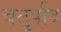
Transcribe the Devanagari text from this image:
चतुर्पाद